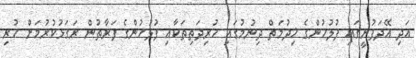
އަދި އޭދަފުށީގައި ފުލުހުންގެ ޚިދުމަތް ދިނުމުގައި ހުރިދަތިތަކާއި ފުލުހުންގެ ފަރާތުން ރަގަޅުކުރުމަށް ހުރި